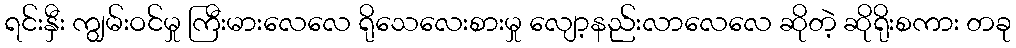
ရင်းနှီး ကျွမ်းဝင်မှု ကြီးမားလေလေ ရိုသေလေးစားမှု လျော့နည်းလာလေလေ ဆိုတဲ့ ဆိုရိုးစကား တခု